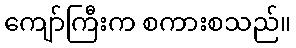
ကျော်ကြီးက စကားစသည်။